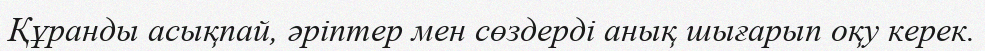
Құранды асықпай, әріптер мен сөздерді анық шығарып оқу керек.